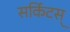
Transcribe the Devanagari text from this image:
सर्किटस्